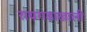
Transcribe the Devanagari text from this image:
रायगडाखाली